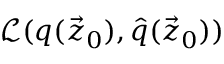
\mathcal { L } ( q ( \vec { z } _ { 0 } ) , \hat { q } ( \vec { z } _ { 0 } ) )